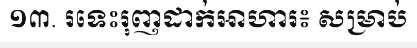
១៣. រទេះរុញដាក់អាហារ៖ សម្រាប់